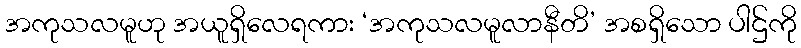
အကုသလမူဟု အယူရှိလေရကား ‘အကုသလမူလာနီတိ’ အစရှိသော ပါဌ်ကို